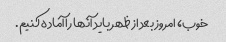
خوب، امروز بعد از ظهر باید آنها را آماده کنیم.